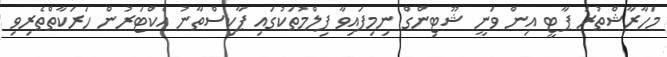
މަހާރާޝްތުރަ ޕާޓީ އިން ވަނީ ޝޫޓިންގް ނިމިފައިވާ ފިލްމުތަކުގައި ޕާކިސްތާނު އެކްޓަރުން ހަރަކާތްތެރިވި